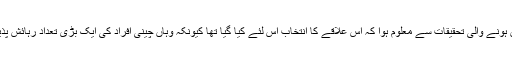
بعد میں ہونے والی تحقیقات سے معلوم ہوا کہ اس علاقے کا انتخاب اس لئے کیا گیا تھا کیونکہ وہاں چینی افراد کی ایک بڑی تعداد رہائش پذیر تھی۔